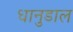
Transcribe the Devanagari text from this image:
धानुडाल